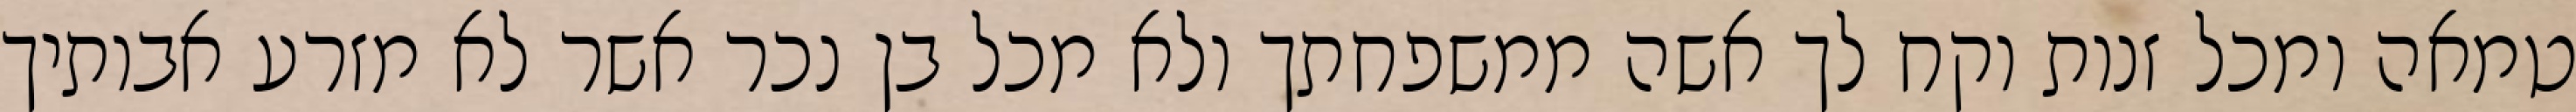
טמאה ומכל זנות וקח לך אשה ממשפחתך ולא מכל בן נכר אשר לא מזרע אבותיך